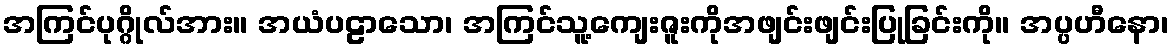
အကြင်ပုဂ္ဂိုလ်အား။ အယံပဠာသော၊ အကြင်သူ့ကျေးဇူးကိုအဖျင်းဖျင်းပြုခြင်းကို။ အပ္ပဟီနော၊